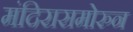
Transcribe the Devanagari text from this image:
मंदिरासमोरुन